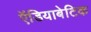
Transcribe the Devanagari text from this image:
ऍडियाबेटिक